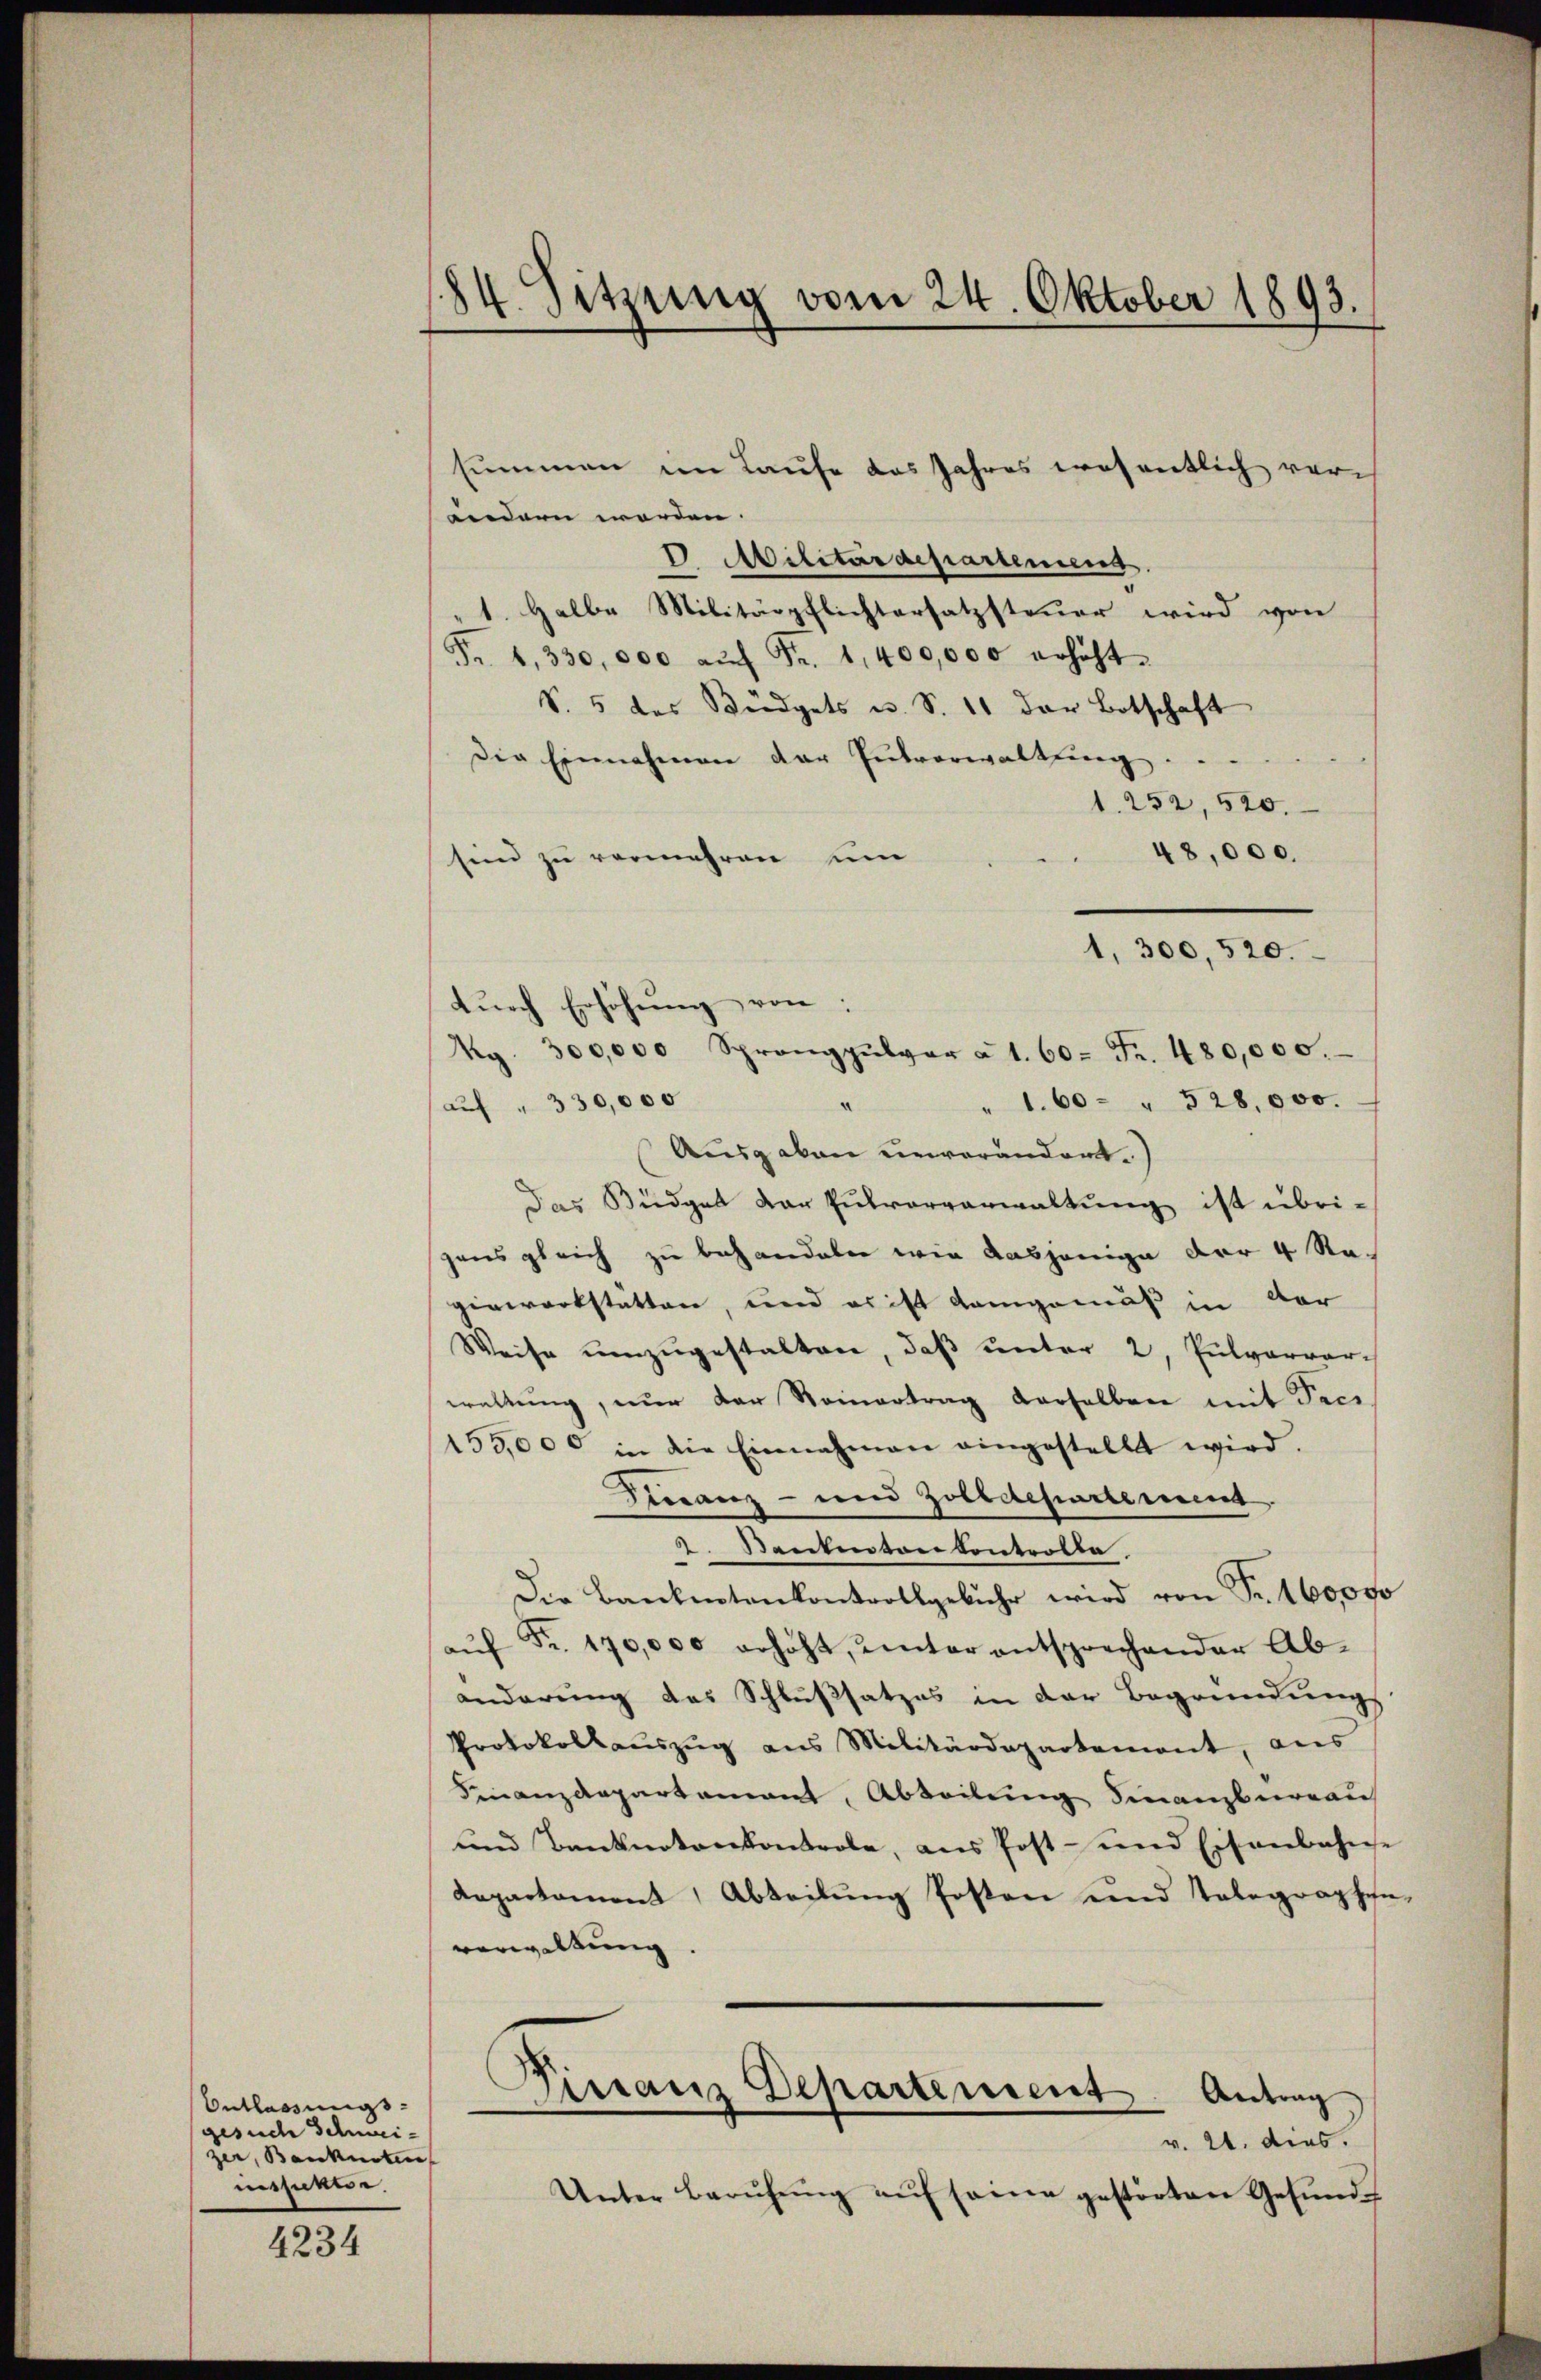
Entlassungs-
gesuche Schwei-
zer, Banknoten
mehnete.

4234

184. Sitzung vom 24. Oktober 1893.

andern worden. |
V. Militärdepartement.
"1. Halbe Militärpflichtersatzsteuer wird von
Fr. 1, 330,000 aŭf Fr. 1,400,000 erhöht.
S. 5 des Büdgets u. S. 11 der Botschaft
die Einnahmen der Entvorwaltung...
1. 252, 520.
48,000.
sind zu vermehren um
" 1.60 - " 528,000.
aŭf " 330,000
Ausgaben unverändert.)
Das Büdget der Pulververwaltung ist übrigens gleich zu behandeln wir dasjenige der 4 Re-
gerwerkstatten, und es ist demgemäß in der
Weise ŭmzŭgestalten, daβ ŭnter 2, Pulvervare
waltung, nur der Nonnertrag derselben mit Pres
153,000 in die Einnahmen eingestellt wird.
Franz- und Zolldepartement
2. Dantenton Controlle
Die Bankentenkontrollgebühr wird von Fr. 160000
aŭf Fr. 170,000 erhöht, unter entsprechender Ab-
änderung das Schlußsatzes in der Begründungs
Protokollaŭszŭg ans Militärdepartemont, aus
Finanzdepartement, Abteilung Finanzbüreau
und Banknotonkontrole, aus Post- und Eisenbahn-
Repartament Abteilŭng Posten und Telegraphen
verwaltung.
Pistanz Departement
Antrag
v. 26. dies.
Unter berŭhŭng aŭf seine gestörten Gesŭnd

dŭrch Erhöhŭng von:

Rg. 300,000 Sprangpulver à 1. 60. Fr. 480,000.

summen im Laufe das Jahres wesentlich ver¬

1,300, 520.